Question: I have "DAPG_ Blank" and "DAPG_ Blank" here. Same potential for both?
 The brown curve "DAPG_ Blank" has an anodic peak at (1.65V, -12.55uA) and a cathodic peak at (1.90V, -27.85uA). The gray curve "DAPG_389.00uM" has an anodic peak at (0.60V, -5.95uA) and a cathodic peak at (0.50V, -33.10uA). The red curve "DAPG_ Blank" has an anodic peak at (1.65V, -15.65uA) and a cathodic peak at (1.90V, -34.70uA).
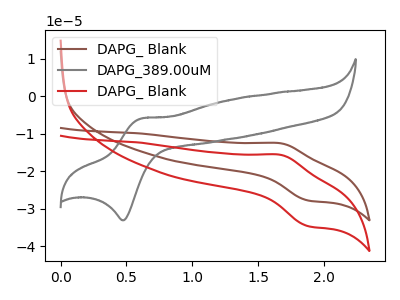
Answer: <think>All the peaks in "DAPG_ Blank" have a peak in "DAPG_ Blank" at the same potential.
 </think>
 <answer>"DAPG_ Blank" and "DAPG_ Blank" are similar in shape.</answer>
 <eval>same_shape</eval>